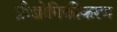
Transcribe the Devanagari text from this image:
प्रौद्योगिकीकरण